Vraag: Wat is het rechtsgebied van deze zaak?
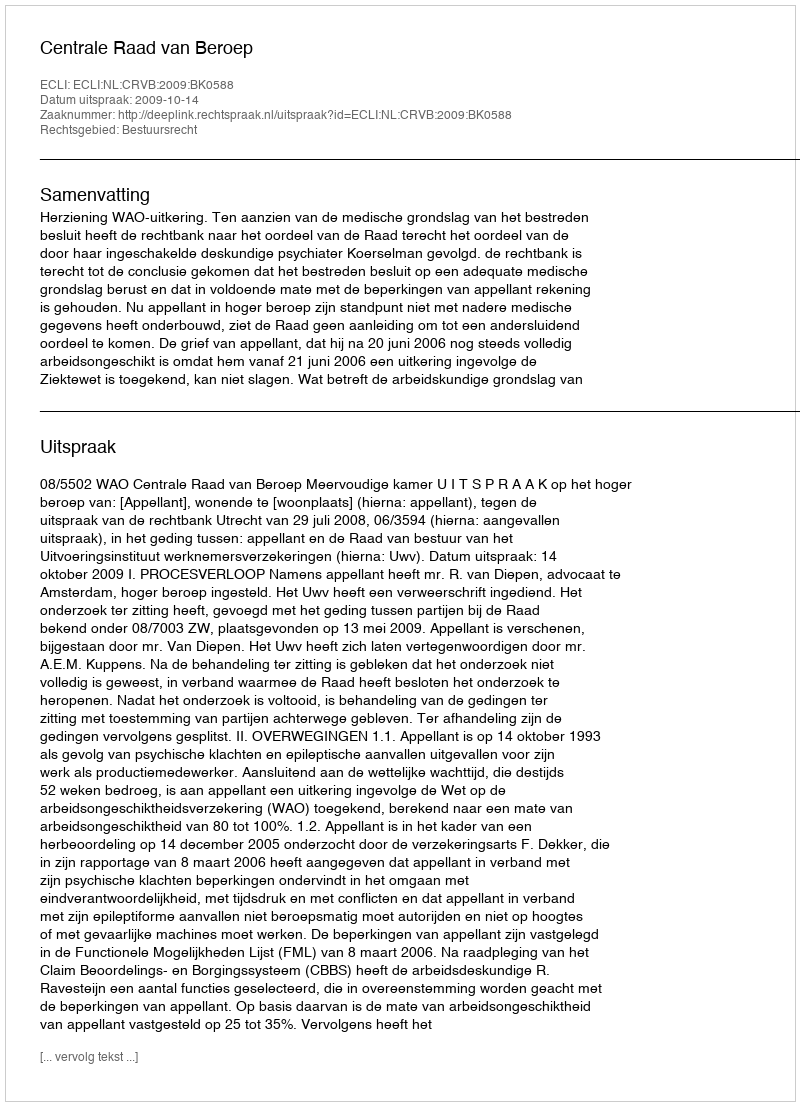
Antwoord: Bestuursrecht